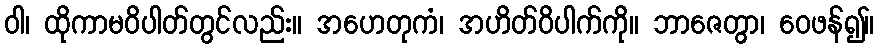
ဝါ၊ ထိုကာမဝိပါတ်တွင်လည်း။ အဟေတုကံ၊ အဟိတ်ဝိပါက်ကို။ ဘာဇေတွာ၊ ဝေဖန်၍။